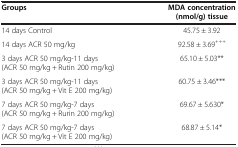
<table><thead><tr><td><b>Groups</b></td><td><b>MDA concentration (nmol/g) tissue</b></td></tr></thead><tbody><tr><td>14 days Control</td><td>45.75 ± 3.92</td></tr><tr><td>14 days ACR 50 mg/kg</td><td>92.58 ± 3.69<sup>+++</sup></td></tr><tr><td>3 days ACR 50 mg/kg-11 days (ACR 50 mg/kg + Rutin 200 mg/kg)</td><td>65.10 ± 5.03**</td></tr><tr><td>3 days ACR 50 mg/kg-11 days (ACR 50 mg/kg + Vit E 200 mg/kg)</td><td>60.75 ± 3.46***</td></tr><tr><td>7 days ACR 50 mg/kg-7 days (ACR 50 mg/kg + Rurin 200 mg/kg)</td><td>69.67 ± 5.630*</td></tr><tr><td>7 days ACR 50 mg/kg-7 days (ACR 50 mg/kg + Vit E 200 mg/kg)</td><td>68.87 ± 5.14*</td></tr></tbody></table>